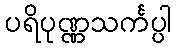
ပရိပုဏ္ဏသင်္ကပ္ပါ